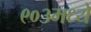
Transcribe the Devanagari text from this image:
९०३मध्ये